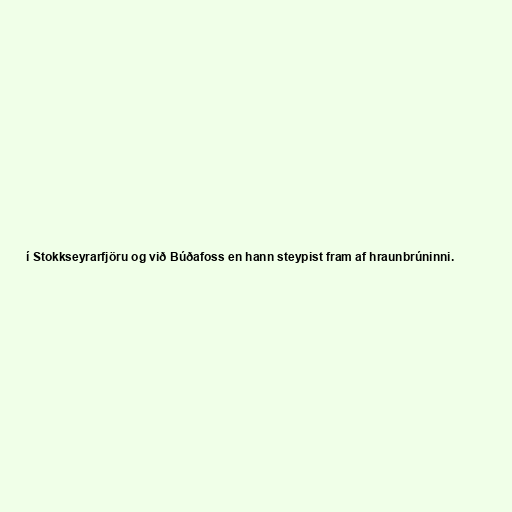
í Stokkseyrarfjöru og við Búðafoss en hann steypist fram af hraunbrúninni.